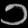
Digit: ၁